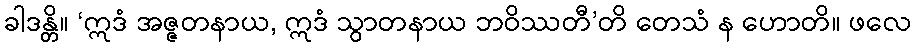
ခါဒန္တိ။ ‘ဣဒံ အဇ္ဇတနာယ, ဣဒံ သွာတနာယ ဘဝိဿတီ’တိ တေသံ န ဟောတိ။ ဖလေ